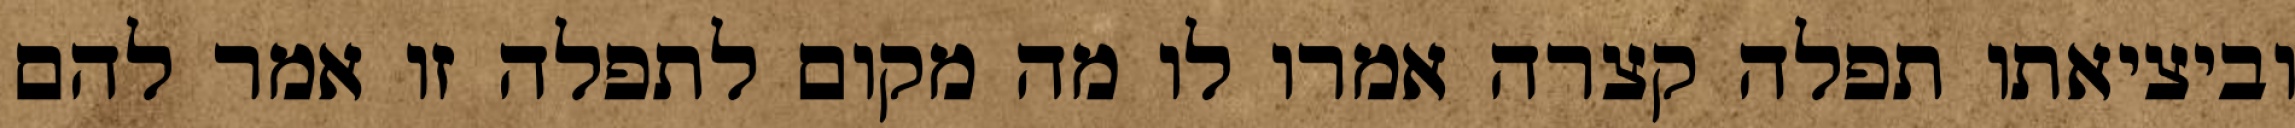
וביציאתו תפלה קצרה אמרו לו מה מקום לתפלה זו אמר להם